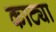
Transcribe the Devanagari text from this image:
काट्या